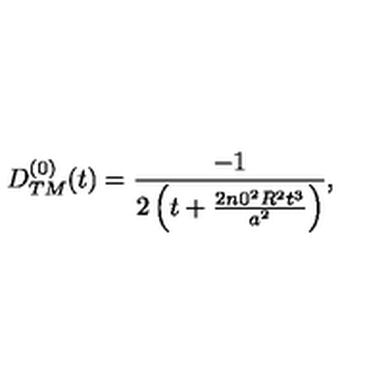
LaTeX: \begin{array} { c } { D _ { T M } ^ { ( 0 ) } ( t ) = \displaystyle { \frac { - 1 } { 2 \left( t + \frac { 2 { n 0 } ^ { 2 } R ^ { 2 } t ^ { 3 } } { a ^ { 2 } } \right) } } , } \\ \end{array}